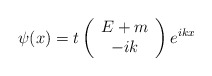
\begin{align*}\psi (x)=t\left( \begin{array}{c}E+m \\ -ik\end{array}\right) e^{ikx}\end{align*}